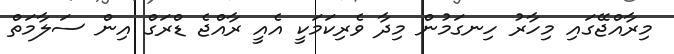
މިރާއްޖޭގައި މިހާރު ހިނގަމުން މިދާ ވެރިކަމަކީ އެއީ ރާއްޖެ ޑްރަގް އިން ސަލާމަތް